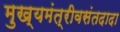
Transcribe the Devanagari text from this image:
मुख्यमंत्रीवसंतदादा